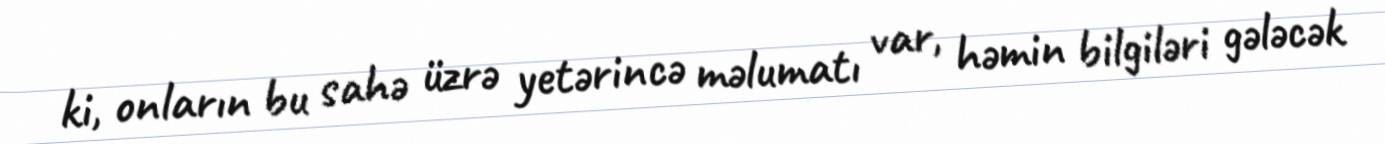
ki, onların bu sahə üzrə yetərincə məlumatı var, həmin bilgiləri gələcək